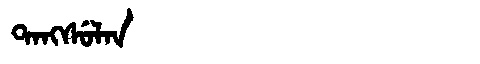
Manchu: ᡨᠠᠩᠰᡠᠯᠠᠨ
Romanization: TANGSULAN